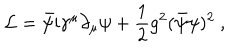
{ \cal L } = \bar { \psi } \mathrm { i } \gamma ^ { \mu } \partial _ { \mu } \psi + \frac { 1 } { 2 } g ^ { 2 } ( \bar { \psi } \psi ) ^ { 2 } \ ,